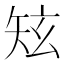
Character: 𥎸